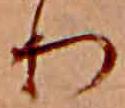
り